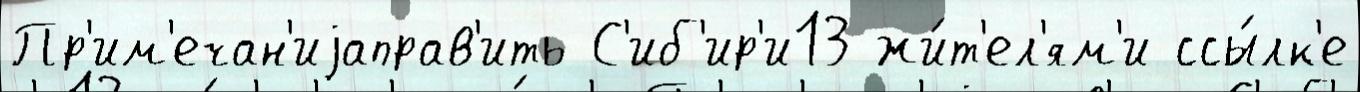
Пр'им'ечан'иjаправ'ить С'иб'ир'и13 жи́т'ел'ям'и ссы́лк'е